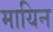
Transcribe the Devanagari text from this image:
मायिन